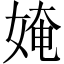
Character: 㛪